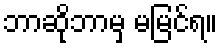
ဘာဆိုဘာမှ မမြင်ရ။